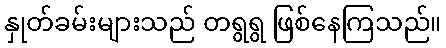
နှုတ်ခမ်းများသည် တရွရွ ဖြစ်နေကြသည်။